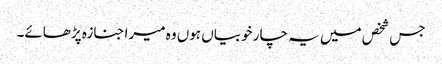
جس شخص میں یہ چار خوبیاں ہوں وہ میرا جنازہ پڑھائے۔